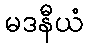
မဒနီယံ